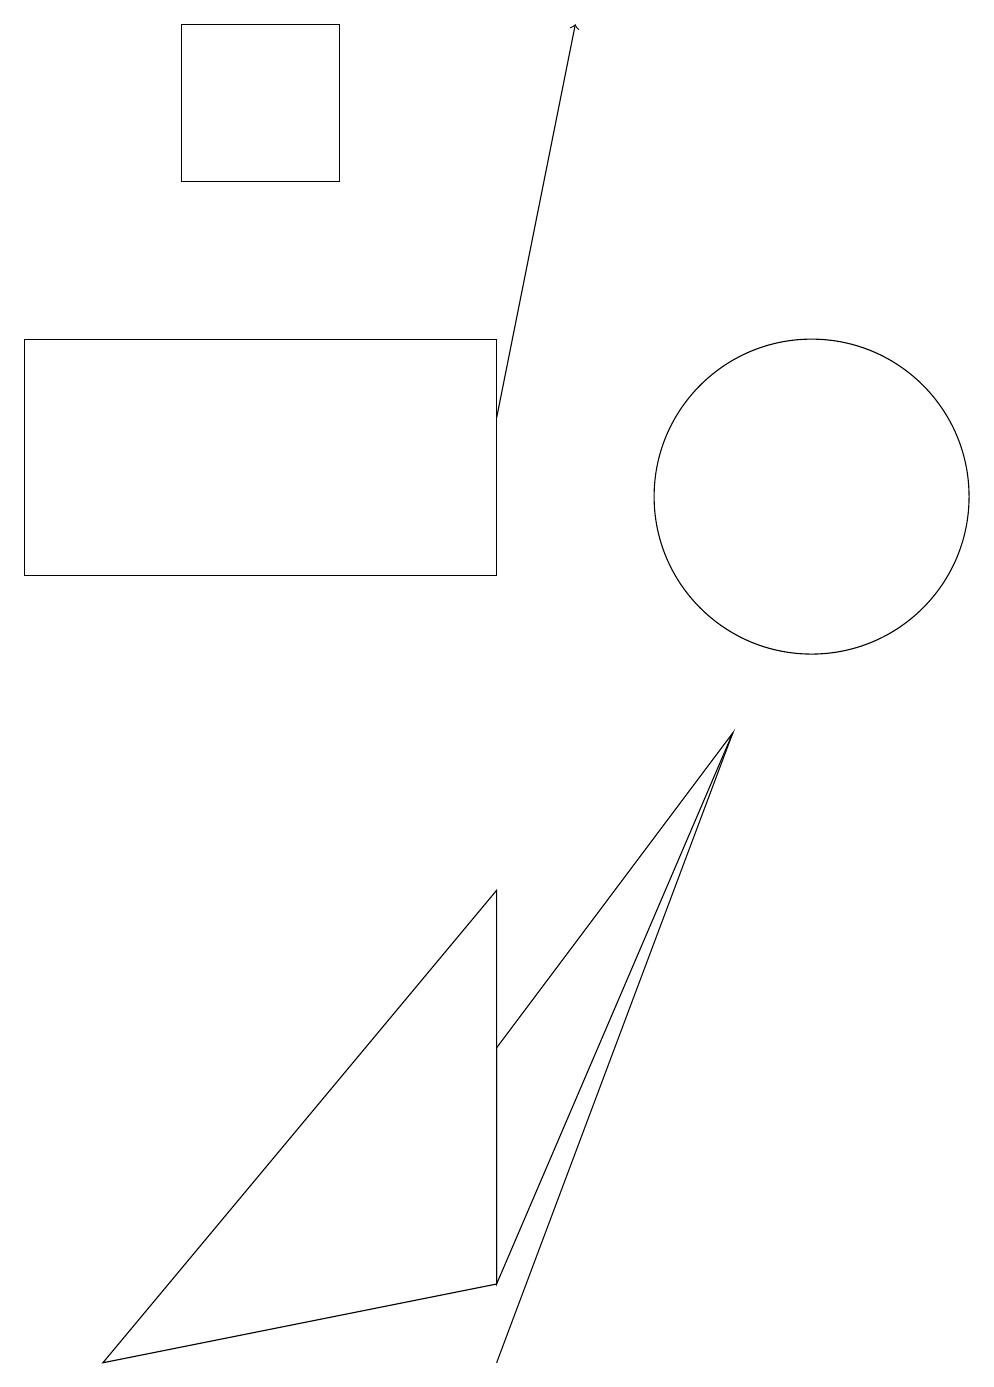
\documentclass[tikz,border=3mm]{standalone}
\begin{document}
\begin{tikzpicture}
\draw (6,1) -- (1,0) -- (6,6) -- cycle;
\draw[->] (6,12) -- (7,17);
\draw (6,0) -- (9,8) -- (9,8) -- cycle;
\draw (6,13) rectangle (0,10);
\draw (10,11) circle (2);
\draw (2,15) rectangle (4,17);
\draw (6,4) -- (9,8) -- (6,1) -- cycle;
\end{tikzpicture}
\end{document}